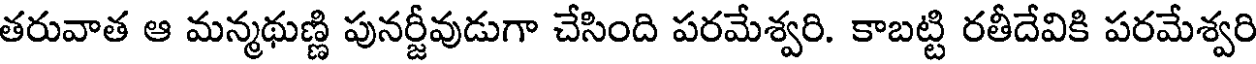
తరువాత ఆ మన్మథుణ్ణి పునర్జీవుడుగా చేసింది పరమేశ్వరి. కాబట్టి రతీదేవికి పరమేశ్వరి